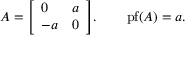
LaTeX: A = { \left[ \begin{array} { l l } { 0 } & { a } \\ { - a } & { 0 } \end{array} \right] } . \qquad \operatorname { p f } ( A ) = a .